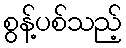
စွန့်ပစ်သည့်